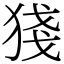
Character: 㹽